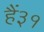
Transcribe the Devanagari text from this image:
हैं३१